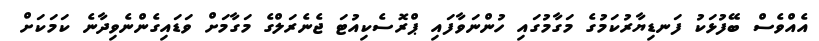
އެއްވެސް ބޭފުޅަކު ފަނޑިޔާރުކަމުގެ މަގާމުގައި ހުންނަވާފައި ޕްރޮސެކިއުޓަ ޖެނެރަލްގެ މަގާމަށް ވަޑައިގެންނެވިދާނެ ކަމަކަށް